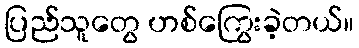
ပြည်သူတွေ ဟစ်ကြွေးခဲ့တယ်။